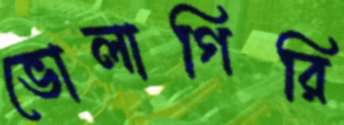
ভোলাগিরি